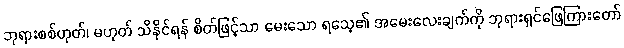
ဘုရားစစ်ဟုတ်၊ မဟုတ် သိနိုင်ရန် စိတ်ဖြင့်သာ မေးသော ရသေ့၏ အမေးလေးချက်ကို ဘုရားရှင်ဖြေကြားတော်